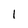
Character: 1